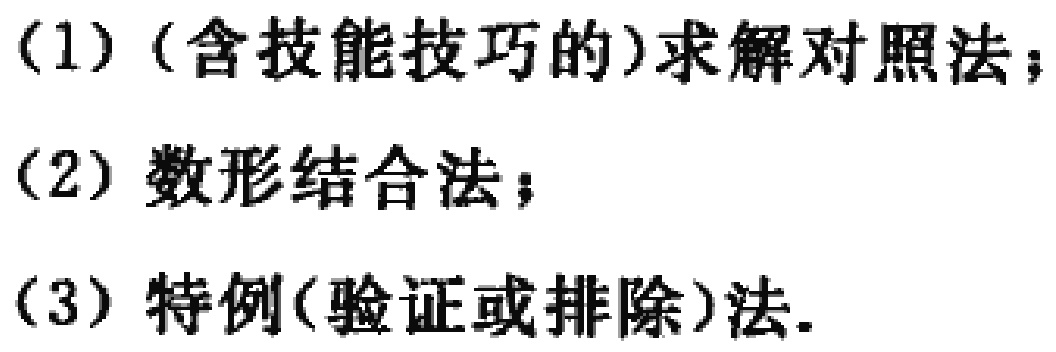
(1) (含技能技巧的)求解对照法；
(2) 数形结合法；
(3) 特例(验证或排除)法.